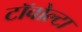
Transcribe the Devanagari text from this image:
टॉवोल्‍टा